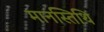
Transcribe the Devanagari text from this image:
मानस्तिथि